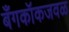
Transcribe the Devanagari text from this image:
बँगकॉकजवळ